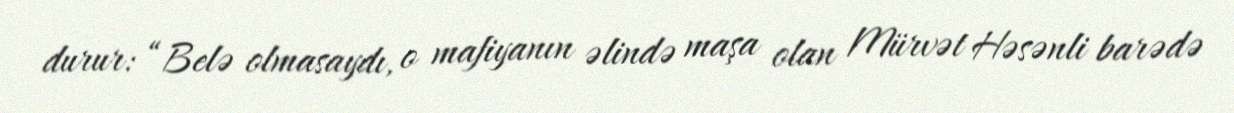
durur: “Belə olmasaydı, o mafiyanın əlində maşa olan Mürvət Həsənli barədə